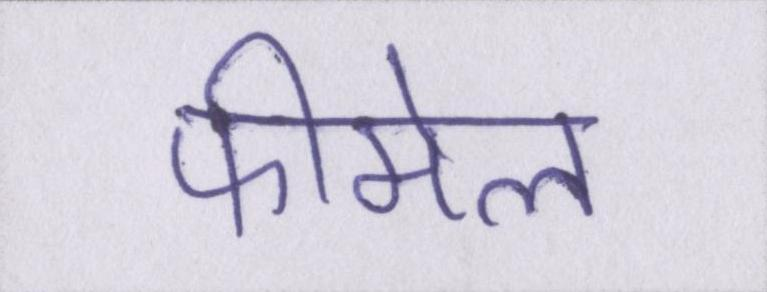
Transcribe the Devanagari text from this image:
फीमेल